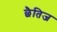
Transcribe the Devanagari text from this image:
छैतिज